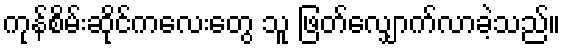
ကုန်စိမ်းဆိုင်ကလေးတွေ သူ ဖြတ်လျှောက်လာခဲ့သည်။